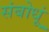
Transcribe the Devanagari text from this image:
संबोधूं